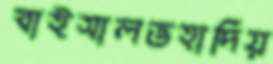
বাইসালভহাদিয়